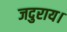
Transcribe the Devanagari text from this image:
जदुराय।